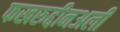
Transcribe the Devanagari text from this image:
फखरुद्दीनअली